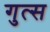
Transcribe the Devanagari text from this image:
गुत्स